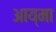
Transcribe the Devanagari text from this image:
आय्मा